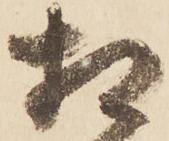
相